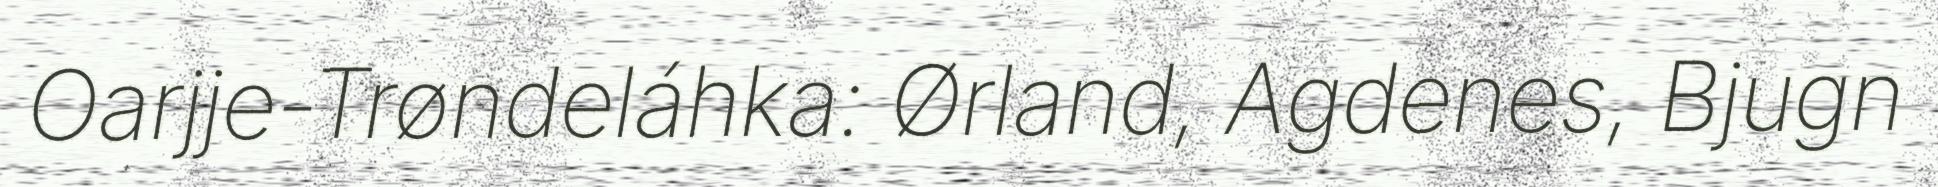
Oarjje-Trøndeláhka: Ørland, Agdenes, Bjugn